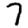
Digit: 7